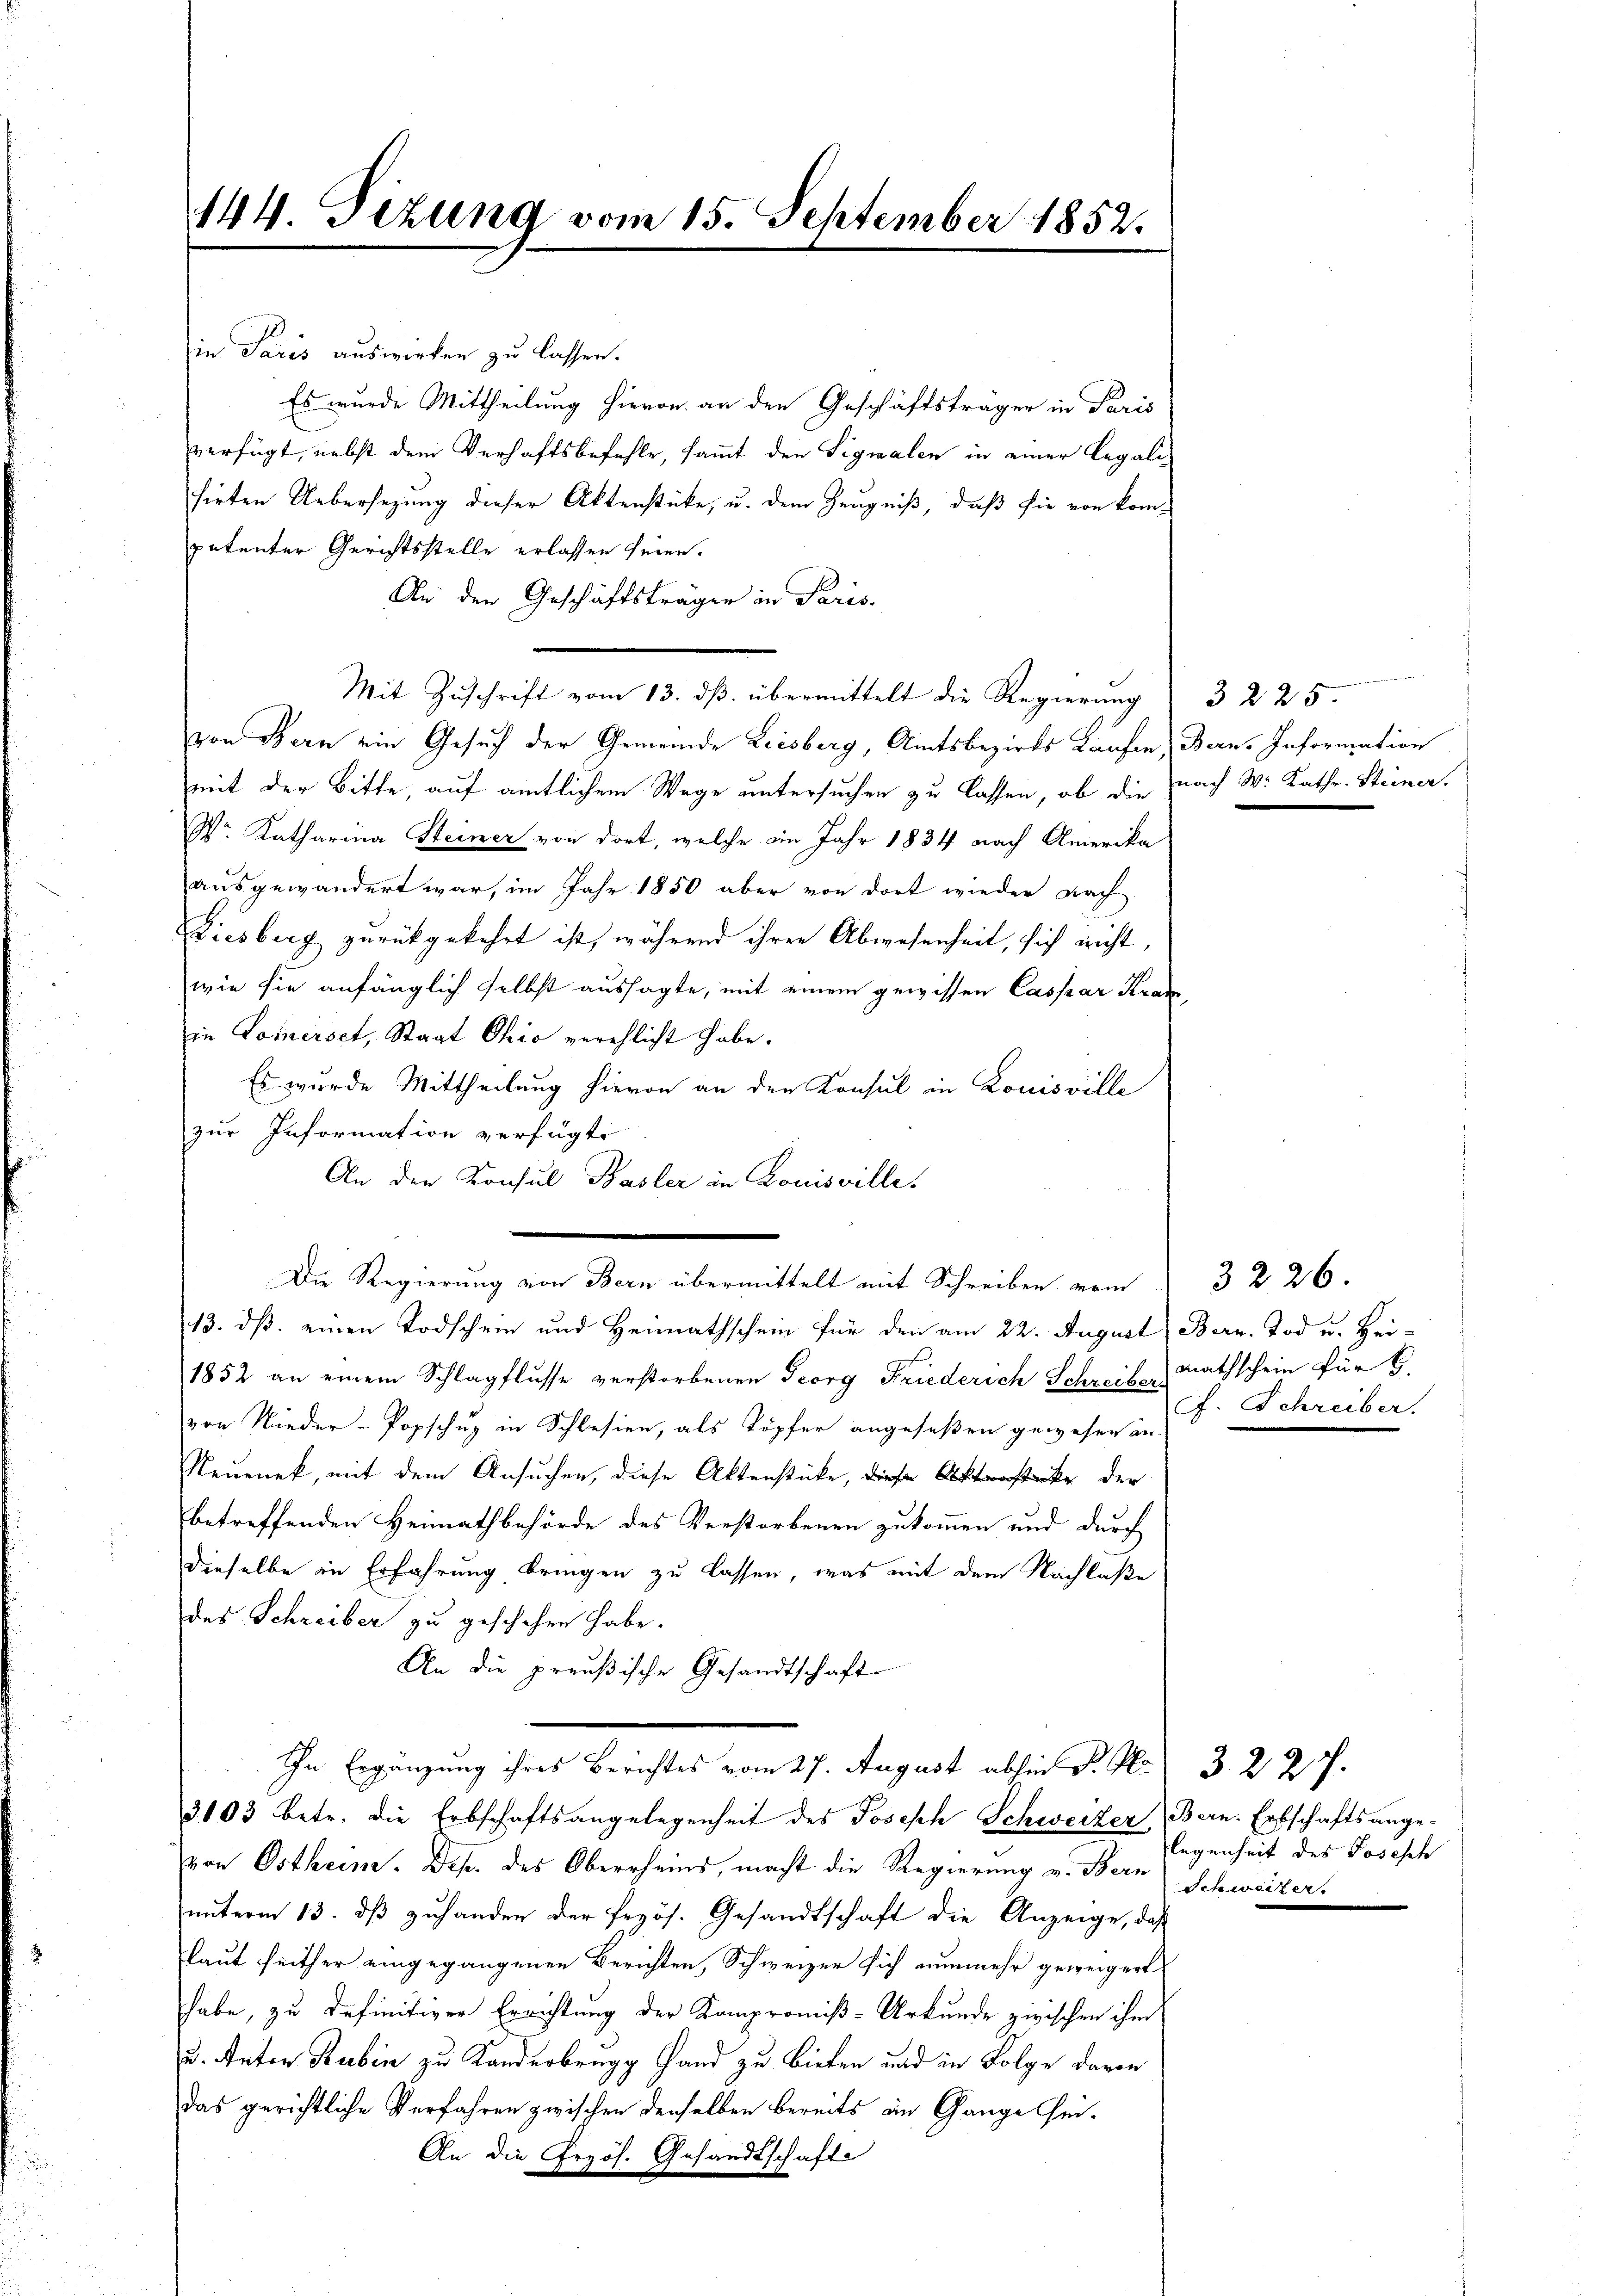
144. Tizung vom 15. September 1852.

in Paris auswirken zu lassen.
Es wurde Mittheilung hievon an den Geschäftsträger in Paris
verfügt, nebst dem Verhaftsbefehle, sammt den Signalen in einer Legalisirten Uebersezung dieser Aktenstücke, u. dem Zeugniß, daß sie von kom-
petenter Gerichtsstelle erlassen seien.
An den Geschäftsträger in Paris.
Mit Zuschrift vom 13. dß. übermittelt die Regierung
von Bern ein Gesuch der Gemeinde Leisberg, Amtsbezirks Laufen, Bern. Information
mit der Bitte auf amtlichem Wage untersuchen zu lassen, ob die nach W. Kath. Steiner.
Dr. Katharina Steiner von dort, welche im Jahr 1834 nach Amerika
ausgewandert war, im Jahr 1850 aber von dort wieder nach
Ziesberg zurückgekehrt ist, während ihrer Abwesenheit, sich nicht,
wie sie anfänglich selbst aussagte, mit einem gewissen Caspar Kran
in Comerset, Staat Chio verehlicht habe.
Es wurde Mittheilung hievon an den Konsul in Louisville
zur Information verfügt:
An den Konsul Basler in Louisville.
Die Regierung von Bern übermittelt mit Schreiben vom
13. ds. einen Todschein und Heimathschein für den am 22. August Bern. Tod u. Bei¬
1852 an einem Schlagflusse verstorbenen Georg Friederich Schreiben Rathschein für 6.
von Nieder-Popschug in Schlesien, als Töpfer angeseßen gewesen an
Neuenek, mit dem Ansuchen, diese Aktenstücke, diese Aktenstücke der
betreffenden Heimathbehörde des Verstorbenen zukommen und durch
dieselbe in Erfahrung bringen zu lassen, was mit dem Nachlaße
des Schreiber zu geschehen habe.
An die preußische Gesandtschaft
In Ergänzung ihres Berichtes vom 27. August abhin P. P.
3103 betr. die Erbschaftsangelegenheit des Joseph Schweizer (Bern. Erbschaftsange-
von Ostheim. Dep. des Oberrheins, macht die Regierung v. Bern Schweizer
unterm 13. dβ zuhanden der frzös. Gesandtschaft die Anzeige, daß
laut heither eingegangenen Berichten, Schweizer sich nunmehr geweigert
habe, zu definitiver Errichtung der Kompromiß-Urkunde zwischen ihm
u. Anton Rubin zu Kanderbrugg Hand zu bieten und in Folge davon
das gerichtliche Verfahren zwischen denselben bereits an Gange Chei¬
An die Grzös. Gesandtschafte

¬
3 225

3226.
Gf. Schreiber.

3227.
legenheit des Josesch